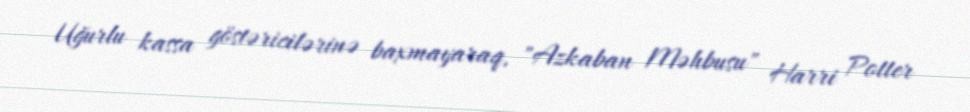
Uğurlu kassa göstəricilərinə baxmayaraq, "Azkaban Məhbusu" Harri Potter